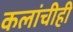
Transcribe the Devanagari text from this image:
कलांचीही